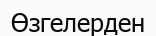
Өзгелерден